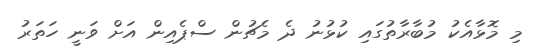
މި މޮޅާއެކު މުބާރާތުގައި ކުޅުނު ދެ މެޗުން ސްޕެއިން އަށް ވަނީ ހަތަރު